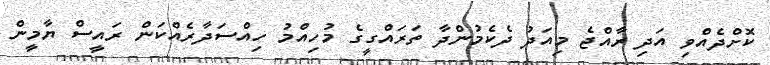
ކޮށްދެއްވި އަދި ރާއްޖެ މިއަދު ދެކެމުންދާ ތަރައްގީގެ މުހިއްމު ހިއްސަދާރެއްކަން ރައީސް ޔާމީން